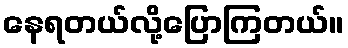
နေရတယ်လို့ပြောကြတယ်။